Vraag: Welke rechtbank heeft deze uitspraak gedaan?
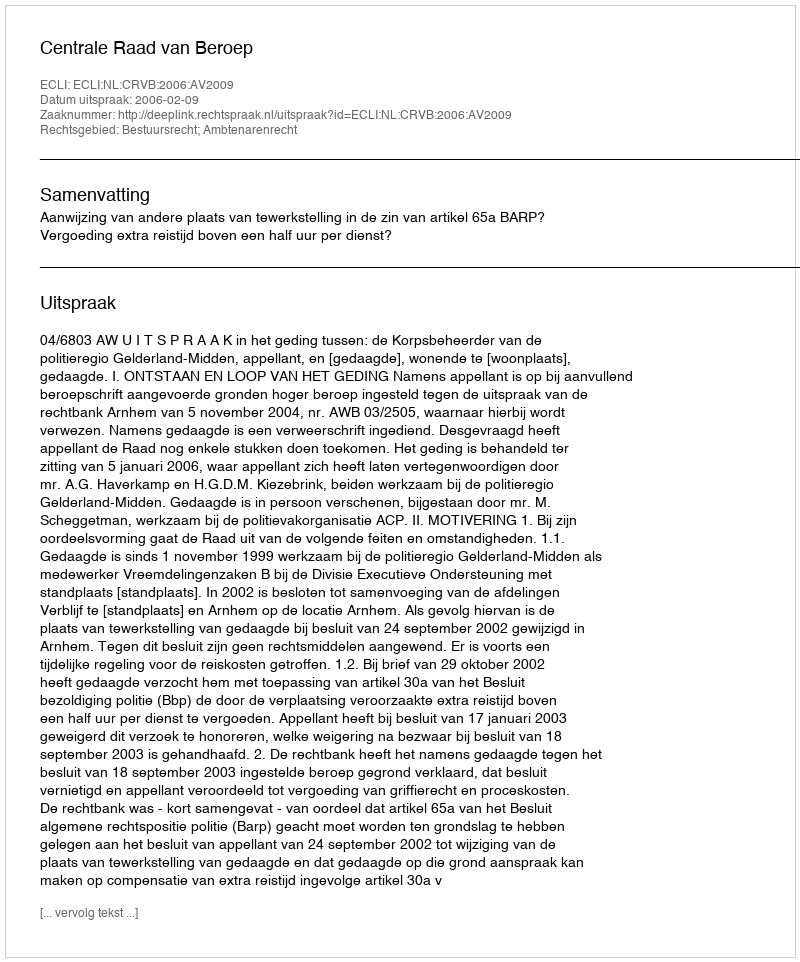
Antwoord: Centrale Raad van Beroep